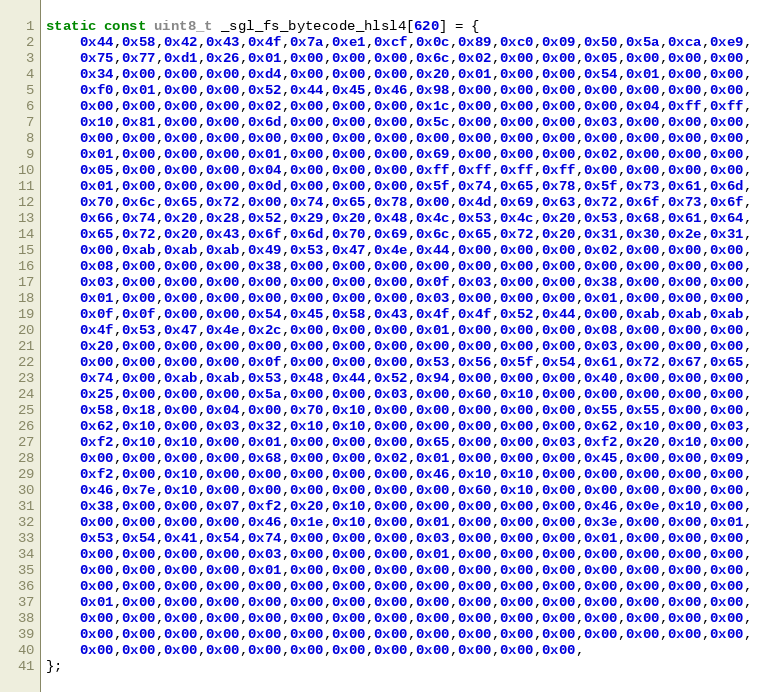
Language: C
static const uint8_t _sgl_fs_bytecode_hlsl4[620] = {
    0x44,0x58,0x42,0x43,0x4f,0x7a,0xe1,0xcf,0x0c,0x89,0xc0,0x09,0x50,0x5a,0xca,0xe9,
    0x75,0x77,0xd1,0x26,0x01,0x00,0x00,0x00,0x6c,0x02,0x00,0x00,0x05,0x00,0x00,0x00,
    0x34,0x00,0x00,0x00,0xd4,0x00,0x00,0x00,0x20,0x01,0x00,0x00,0x54,0x01,0x00,0x00,
    0xf0,0x01,0x00,0x00,0x52,0x44,0x45,0x46,0x98,0x00,0x00,0x00,0x00,0x00,0x00,0x00,
    0x00,0x00,0x00,0x00,0x02,0x00,0x00,0x00,0x1c,0x00,0x00,0x00,0x00,0x04,0xff,0xff,
    0x10,0x81,0x00,0x00,0x6d,0x00,0x00,0x00,0x5c,0x00,0x00,0x00,0x03,0x00,0x00,0x00,
    0x00,0x00,0x00,0x00,0x00,0x00,0x00,0x00,0x00,0x00,0x00,0x00,0x00,0x00,0x00,0x00,
    0x01,0x00,0x00,0x00,0x01,0x00,0x00,0x00,0x69,0x00,0x00,0x00,0x02,0x00,0x00,0x00,
    0x05,0x00,0x00,0x00,0x04,0x00,0x00,0x00,0xff,0xff,0xff,0xff,0x00,0x00,0x00,0x00,
    0x01,0x00,0x00,0x00,0x0d,0x00,0x00,0x00,0x5f,0x74,0x65,0x78,0x5f,0x73,0x61,0x6d,
    0x70,0x6c,0x65,0x72,0x00,0x74,0x65,0x78,0x00,0x4d,0x69,0x63,0x72,0x6f,0x73,0x6f,
    0x66,0x74,0x20,0x28,0x52,0x29,0x20,0x48,0x4c,0x53,0x4c,0x20,0x53,0x68,0x61,0x64,
    0x65,0x72,0x20,0x43,0x6f,0x6d,0x70,0x69,0x6c,0x65,0x72,0x20,0x31,0x30,0x2e,0x31,
    0x00,0xab,0xab,0xab,0x49,0x53,0x47,0x4e,0x44,0x00,0x00,0x00,0x02,0x00,0x00,0x00,
    0x08,0x00,0x00,0x00,0x38,0x00,0x00,0x00,0x00,0x00,0x00,0x00,0x00,0x00,0x00,0x00,
    0x03,0x00,0x00,0x00,0x00,0x00,0x00,0x00,0x0f,0x03,0x00,0x00,0x38,0x00,0x00,0x00,
    0x01,0x00,0x00,0x00,0x00,0x00,0x00,0x00,0x03,0x00,0x00,0x00,0x01,0x00,0x00,0x00,
    0x0f,0x0f,0x00,0x00,0x54,0x45,0x58,0x43,0x4f,0x4f,0x52,0x44,0x00,0xab,0xab,0xab,
    0x4f,0x53,0x47,0x4e,0x2c,0x00,0x00,0x00,0x01,0x00,0x00,0x00,0x08,0x00,0x00,0x00,
    0x20,0x00,0x00,0x00,0x00,0x00,0x00,0x00,0x00,0x00,0x00,0x00,0x03,0x00,0x00,0x00,
    0x00,0x00,0x00,0x00,0x0f,0x00,0x00,0x00,0x53,0x56,0x5f,0x54,0x61,0x72,0x67,0x65,
    0x74,0x00,0xab,0xab,0x53,0x48,0x44,0x52,0x94,0x00,0x00,0x00,0x40,0x00,0x00,0x00,
    0x25,0x00,0x00,0x00,0x5a,0x00,0x00,0x03,0x00,0x60,0x10,0x00,0x00,0x00,0x00,0x00,
    0x58,0x18,0x00,0x04,0x00,0x70,0x10,0x00,0x00,0x00,0x00,0x00,0x55,0x55,0x00,0x00,
    0x62,0x10,0x00,0x03,0x32,0x10,0x10,0x00,0x00,0x00,0x00,0x00,0x62,0x10,0x00,0x03,
    0xf2,0x10,0x10,0x00,0x01,0x00,0x00,0x00,0x65,0x00,0x00,0x03,0xf2,0x20,0x10,0x00,
    0x00,0x00,0x00,0x00,0x68,0x00,0x00,0x02,0x01,0x00,0x00,0x00,0x45,0x00,0x00,0x09,
    0xf2,0x00,0x10,0x00,0x00,0x00,0x00,0x00,0x46,0x10,0x10,0x00,0x00,0x00,0x00,0x00,
    0x46,0x7e,0x10,0x00,0x00,0x00,0x00,0x00,0x00,0x60,0x10,0x00,0x00,0x00,0x00,0x00,
    0x38,0x00,0x00,0x07,0xf2,0x20,0x10,0x00,0x00,0x00,0x00,0x00,0x46,0x0e,0x10,0x00,
    0x00,0x00,0x00,0x00,0x46,0x1e,0x10,0x00,0x01,0x00,0x00,0x00,0x3e,0x00,0x00,0x01,
    0x53,0x54,0x41,0x54,0x74,0x00,0x00,0x00,0x03,0x00,0x00,0x00,0x01,0x00,0x00,0x00,
    0x00,0x00,0x00,0x00,0x03,0x00,0x00,0x00,0x01,0x00,0x00,0x00,0x00,0x00,0x00,0x00,
    0x00,0x00,0x00,0x00,0x01,0x00,0x00,0x00,0x00,0x00,0x00,0x00,0x00,0x00,0x00,0x00,
    0x00,0x00,0x00,0x00,0x00,0x00,0x00,0x00,0x00,0x00,0x00,0x00,0x00,0x00,0x00,0x00,
    0x01,0x00,0x00,0x00,0x00,0x00,0x00,0x00,0x00,0x00,0x00,0x00,0x00,0x00,0x00,0x00,
    0x00,0x00,0x00,0x00,0x00,0x00,0x00,0x00,0x00,0x00,0x00,0x00,0x00,0x00,0x00,0x00,
    0x00,0x00,0x00,0x00,0x00,0x00,0x00,0x00,0x00,0x00,0x00,0x00,0x00,0x00,0x00,0x00,
    0x00,0x00,0x00,0x00,0x00,0x00,0x00,0x00,0x00,0x00,0x00,0x00,
};